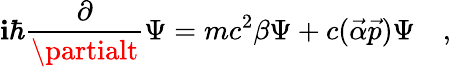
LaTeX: \mathbf{i}\hbar\frac{{\partial}}{{\partialt}}\Psi=mc^{2}\beta\Psi+c(\vec{{\alpha}}\vec{{p}})\Psi\quad,